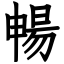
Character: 暢